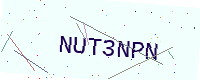
Text: NUT3NPN